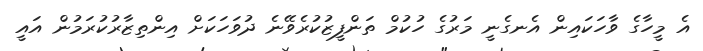
އެ މީހާގެ ވާހަކައިން އެނގެނީ މަރުގެ ހުކުމް ތަންފީޒުކުރެވޭނެ ދުވަހަކަށް އިންތިޒާރުކުރަމުން އައީ